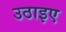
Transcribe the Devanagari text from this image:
उठाइए